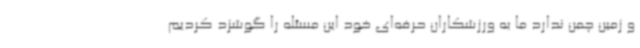
و زمین چمن ندارد ما به ورزشکاران حرفه‌ای خود این مسئله را گوشزد کردیم